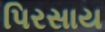
પિરસાય